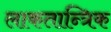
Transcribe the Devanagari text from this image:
लाकतान्त्रिक